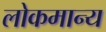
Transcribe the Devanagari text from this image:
लोकमान्‍य